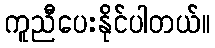
ကူညီပေးနိုင်ပါတယ်။